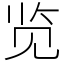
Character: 览